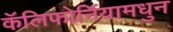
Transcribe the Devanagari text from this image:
कॅलिफोर्नियामधुन